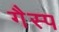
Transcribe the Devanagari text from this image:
गैस्प